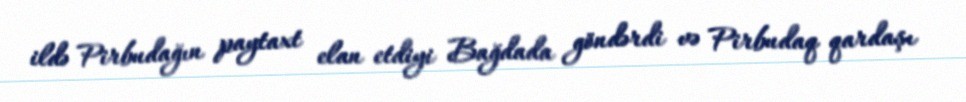
ildə Pirbudağın paytaxt elan etdiyi Bağdada göndərdi və Pirbudaq qardaşı